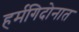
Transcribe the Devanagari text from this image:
हर्मगिदोनात